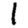
Digit: 1